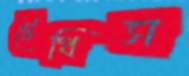
টেথিস